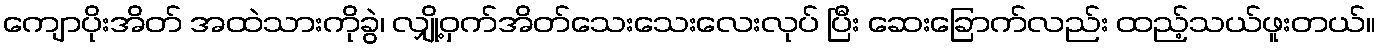
ကျောပိုးအိတ် အထဲသားကိုခွဲ၊ လျှို့ဝှက်အိတ်သေးသေးလေးလုပ် ပြီး ဆေးခြောက်လည်း ထည့်သယ်ဖူးတယ်။